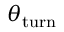
\theta _ { \mathrm { t u r n } }